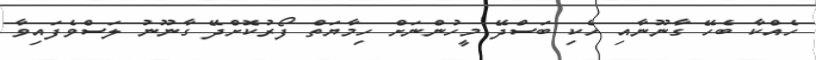
ހެއްކާ ބެހޭ ގާނޫނާއި ހެކި ބަސްދޭ މީހުންނަށް ހިމާޔަތް ފޯރުކޮށްދޭ ގާނޫނު ލަސްވެފައިވާ